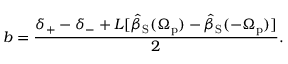
b = \frac { \delta _ { + } - \delta _ { - } + L [ \hat { \beta } _ { \mathrm { S } } ( \Omega _ { \mathrm { p } } ) - \hat { \beta } _ { \mathrm { S } } ( - \Omega _ { \mathrm { p } } ) ] } { 2 } .